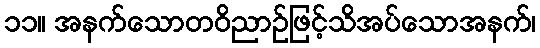
၁၁။ အနက်သောတဝိညာဉ်ဖြင့်သိအပ်သောအနက်၊